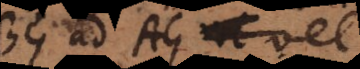
BG ad AG vel